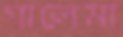
গালেমা